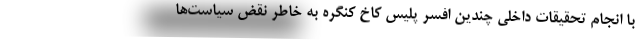
با انجام تحقیقات داخلی چندین افسر پلیس کاخ کنگره به خاطر نقض سیاست‌ها